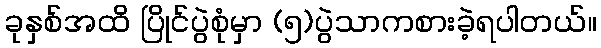
ခုနှစ်အထိ ပြိုင်ပွဲစုံမှာ (၅)ပွဲသာကစားခဲ့ရပါတယ်။